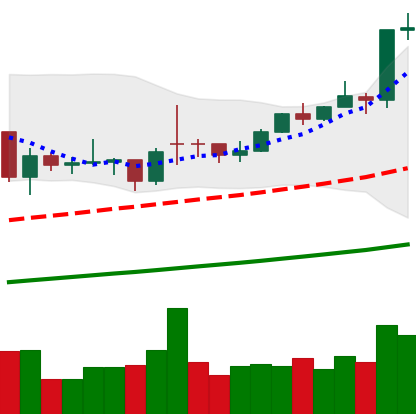
Ticker: BTC-USD
Chart end date: 2021-02-09
Forward return: 4.811%
Label: up_3_5